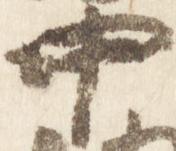
中